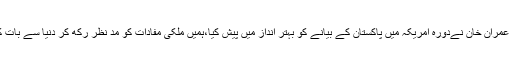
امریکہ کے فیصلوں نے ہمیشہ پاکستان کو مشکل سے دوچار کیا ہے وزیر اعظم عمران خان نےدورہ امریکہ میں پاکستان کے بیانے کو بہتر انداز میں پیش کیا،ہمیں ملکی مفادات کو مد نظر رکھ کر دنیا سے بات کرنا ہے سابقہ حکمرانوں کی جی حضوری نے ملکی وقار کو نقصان پہنچایا ہے۔